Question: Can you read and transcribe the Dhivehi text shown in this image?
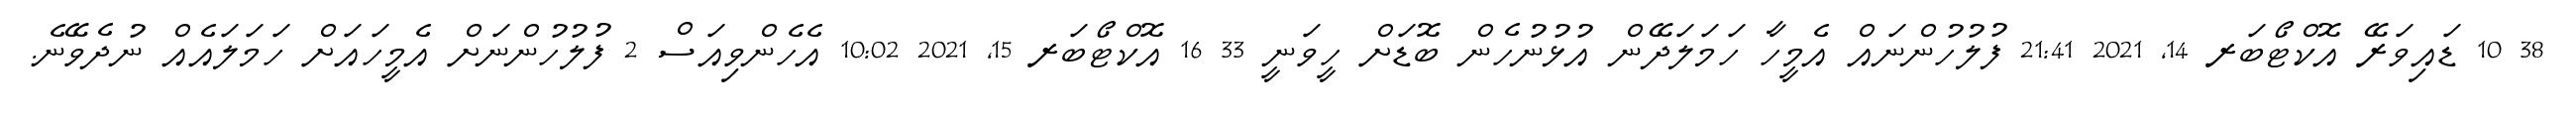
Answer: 38 10 ޑައިވަރޭ އޮކްޓޯބަރ 14, 2021 21:41 ފުލުހުންނައް އެމީހާ ހަމަލަދޭން އުޅުނުހެން ބޮޑަށް ހީވަނީ 33 16 އޮކްޓޯބަރ 15, 2021 10:02 އެހެންވިއަސް 2 ފުލުހުންނަށް އެމީހައަށް ހަމަލައެއް ނުދެވޭނެ.